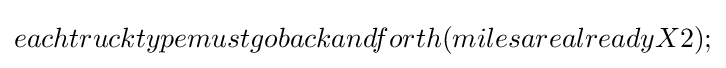
eachtrucktypemustgobackandforth(milesarealreadyX2);